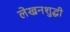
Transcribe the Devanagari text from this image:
लेखनशुद्धी